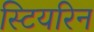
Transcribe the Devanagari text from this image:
स्टियरिन